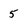
Character: 5